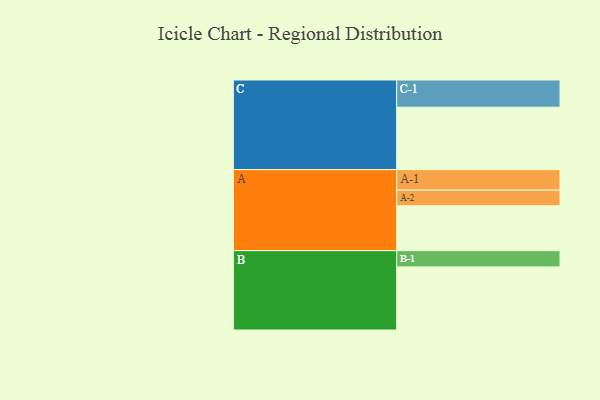
{"axis": {"x": "Segment", "y": "Value"}, "legend": ["", "A", "B", "C"], "data": [{"x": "A", "y": 394, "type": ""}, {"x": "B", "y": 554, "type": ""}, {"x": "C", "y": 548, "type": ""}, {"x": "A-1", "y": 181, "type": "A"}, {"x": "A-2", "y": 137, "type": "A"}, {"x": "B-1", "y": 143, "type": "B"}, {"x": "C-1", "y": 239, "type": "C"}]}